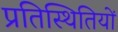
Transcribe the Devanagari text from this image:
प्रतिस्थितियों